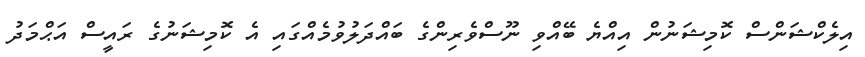
އިލެކްޝަންސް ކޮމިޝަނުން އިއްޔެ ބޭއްވި ނޫސްވެރިންގެ ބައްދަލުވުމެއްގައި އެ ކޮމިޝަނުގެ ރައީސް އަޙްމަދު